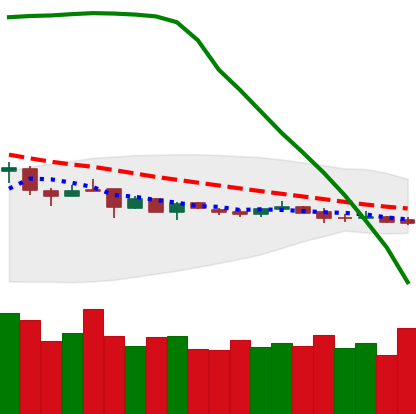
Ticker: DOGE-USD
Chart end date: 2019-01-08
Forward return: -7.997%
Label: down_7plus